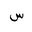
Letter: _sin